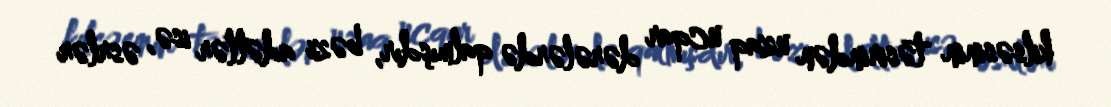
kilsəsinin təsirindən uzaq ucqar dərələrdə qalmışdır, bəzi adətlər isə, əsrlər